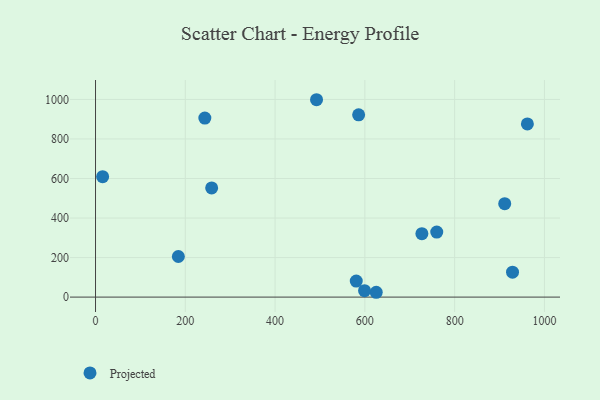
{"axis": {"x": "Price", "y": "Demand"}, "legend": ["Projected"], "data": [{"x": "586.1", "y": 922.3, "type": "Projected"}, {"x": "625.3", "y": 24.4, "type": "Projected"}, {"x": "580.8", "y": 81.1, "type": "Projected"}, {"x": "15.8", "y": 609.4, "type": "Projected"}, {"x": "962.0", "y": 876.0, "type": "Projected"}, {"x": "492.3", "y": 998.6, "type": "Projected"}, {"x": "911.5", "y": 472.6, "type": "Projected"}, {"x": "727.0", "y": 320.9, "type": "Projected"}, {"x": "258.7", "y": 552.3, "type": "Projected"}, {"x": "760.1", "y": 329.2, "type": "Projected"}, {"x": "928.9", "y": 126.1, "type": "Projected"}, {"x": "599.3", "y": 32.3, "type": "Projected"}, {"x": "184.5", "y": 205.5, "type": "Projected"}, {"x": "243.5", "y": 905.7, "type": "Projected"}]}